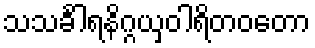
သသင်္ခါရနိဂ္ဂယှဝါရိတဝတော